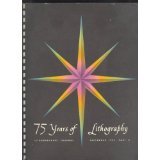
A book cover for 75 Years of Lithography: Lithographers' Journal September 1957, Part II; Arts & Photography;